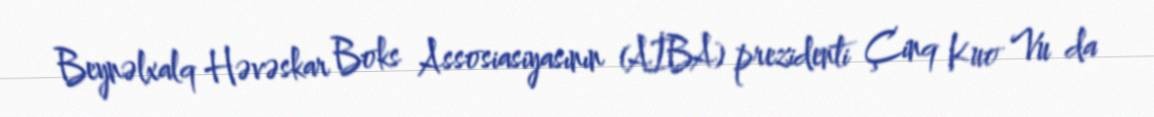
Beynəlxalq Həvəskar Boks Assosiasiyasının (AİBA) prezidenti Çinq Kuo Vu da